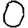
Digit: 0